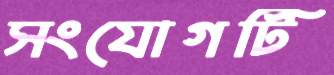
সংযোগটি